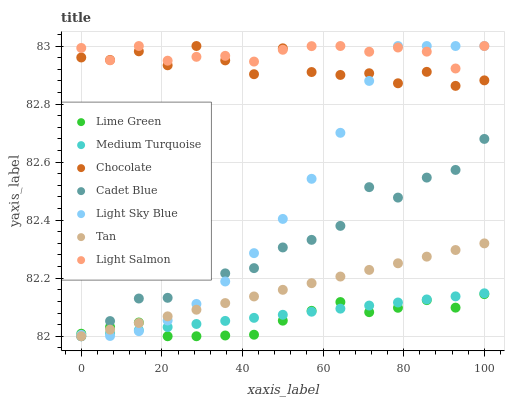
| xaxis_label | Lime Green | Medium Turquoise | Chocolate | Cadet Blue | Light Sky Blue | Tan | Light Salmon |
 | --- | --- | --- | --- | --- | --- | --- | --- |
 | 0 | 82 | 82 | 83 | 82 | 82 | 82 | 83 |
 | 7.14 | 82 | 82 | 83 | 82.1 | 82 | 82 | 83 |
 | 14.3 | 82 | 82 | 83 | 82.1 | 82 | 82 | 83 |
 | 21.4 | 82 | 82 | 82.9 | 82.1 | 82.1 | 82.1 | 82.9 |
 | 28.6 | 82 | 82 | 83 | 82.2 | 82.1 | 82.1 | 83 |
 | 35.7 | 82 | 82.1 | 83 | 82.2 | 82.2 | 82.1 | 83 |
 | 42.9 | 82 | 82.1 | 82.9 | 82.2 | 82.3 | 82.1 | 82.9 |
 | 50 | 82.1 | 82.1 | 83 | 82.3 | 82.4 | 82.2 | 83 |
 | 57.1 | 82.1 | 82.1 | 82.9 | 82.3 | 82.5 | 82.2 | 83 |
 | 64.3 | 82.1 | 82.1 | 82.9 | 82.4 | 82.7 | 82.2 | 83 |
 | 71.4 | 82.1 | 82.1 | 82.9 | 82.5 | 82.9 | 82.2 | 83 |
 | 78.6 | 82.1 | 82.1 | 82.9 | 82.5 | 83 | 82.3 | 83 |
 | 85.7 | 82.1 | 82.1 | 82.9 | 82.5 | 83 | 82.3 | 83 |
 | 92.9 | 82.1 | 82.1 | 82.9 | 82.6 | 83 | 82.3 | 82.9 |
 | 100 | 82.1 | 82.1 | 82.9 | 82.7 | 83 | 82.3 | 83 |